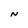
Character: N